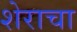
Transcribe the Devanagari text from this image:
शेराचा